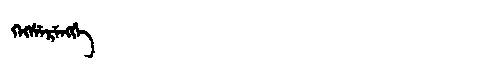
Manchu: ᡴᡝᡴᠰᡝᡵᡝᠩᡤᡝ
Romanization: KEKSERENGGE